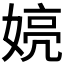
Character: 𫱍